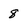
Character: 8